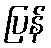
ပြန်